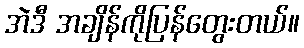
အဲဒီ အချိန်ကိုပြန်တွေးတယ်။